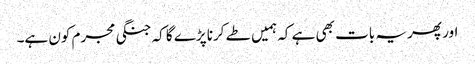
اور پھر یہ بات بھی ہے کہ ہمیں طے کرنا پڑے گا کہ جنگی مجرم کون ہے۔